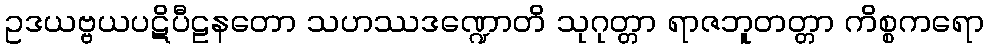
ဥဒယဗ္ဗယပဋိပီဠနတော သဟဿဒဏ္ဍောတိ သုဂုတ္တာ ရာဇဘူတတ္တာ ကိစ္စကရော